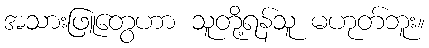
အသားဖြူတွေဟာ သူတို့ရန်သူ မဟုတ်ဘူး။